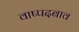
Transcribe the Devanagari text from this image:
वाष्पदबाव